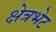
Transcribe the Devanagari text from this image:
क्षेत्रभेट